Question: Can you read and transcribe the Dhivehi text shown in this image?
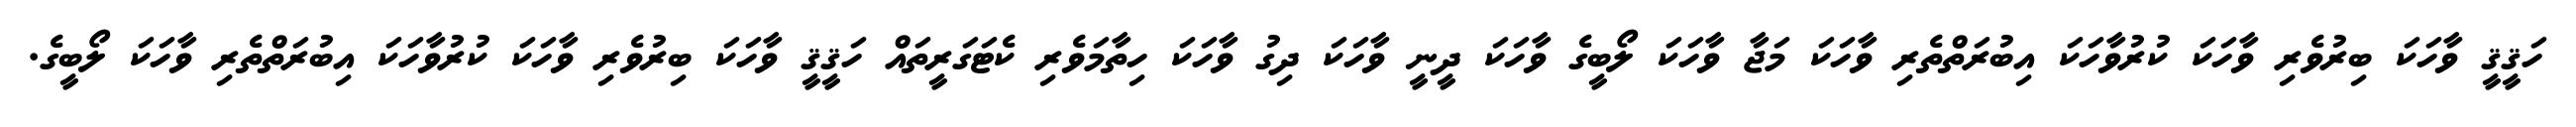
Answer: ހަޤީޤީ ވާހަކަ ބިރުވެރި ވާހަކަ ކުރުވާހަކަ އިބުރަތްތެރި ވާހަކަ މަޖާ ވާހަކަ ލޯބީގެ ވާހަކަ ދީނީ ވާހަކަ ދިގު ވާހަކަ ހިތާމަވެރި ކެޓަގަރީތައް ހަޤީޤީ ވާހަކަ ބިރުވެރި ވާހަކަ ކުރުވާހަކަ އިބުރަތްތެރި ވާހަކަ ލޯބީގެ.